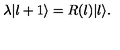
\lambda | l + 1 \rangle = R ( l ) | l \rangle .